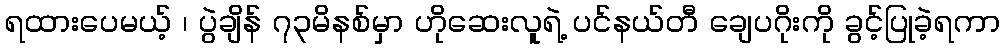
ရထားပေမယ့် ၊ ပွဲချိန် ၇၃မိနစ်မှာ ဟိုဆေးလူရဲ့ ပင်နယ်တီ ချေပဂိုးကို ခွင့်ပြုခဲ့ရကာ